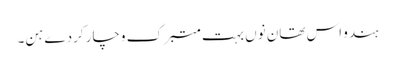
ہندو اس تھان نوں بہت متبرک وچار کردے ہن۔